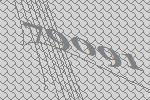
79091